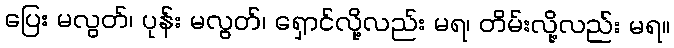
ပြေး မလွတ်၊ ပုန်း မလွတ်၊ ရှောင်လို့လည်း မရ၊ တိမ်းလို့လည်း မရ။